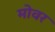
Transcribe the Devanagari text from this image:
मोवर